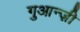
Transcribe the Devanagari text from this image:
गुआन्ज़ी